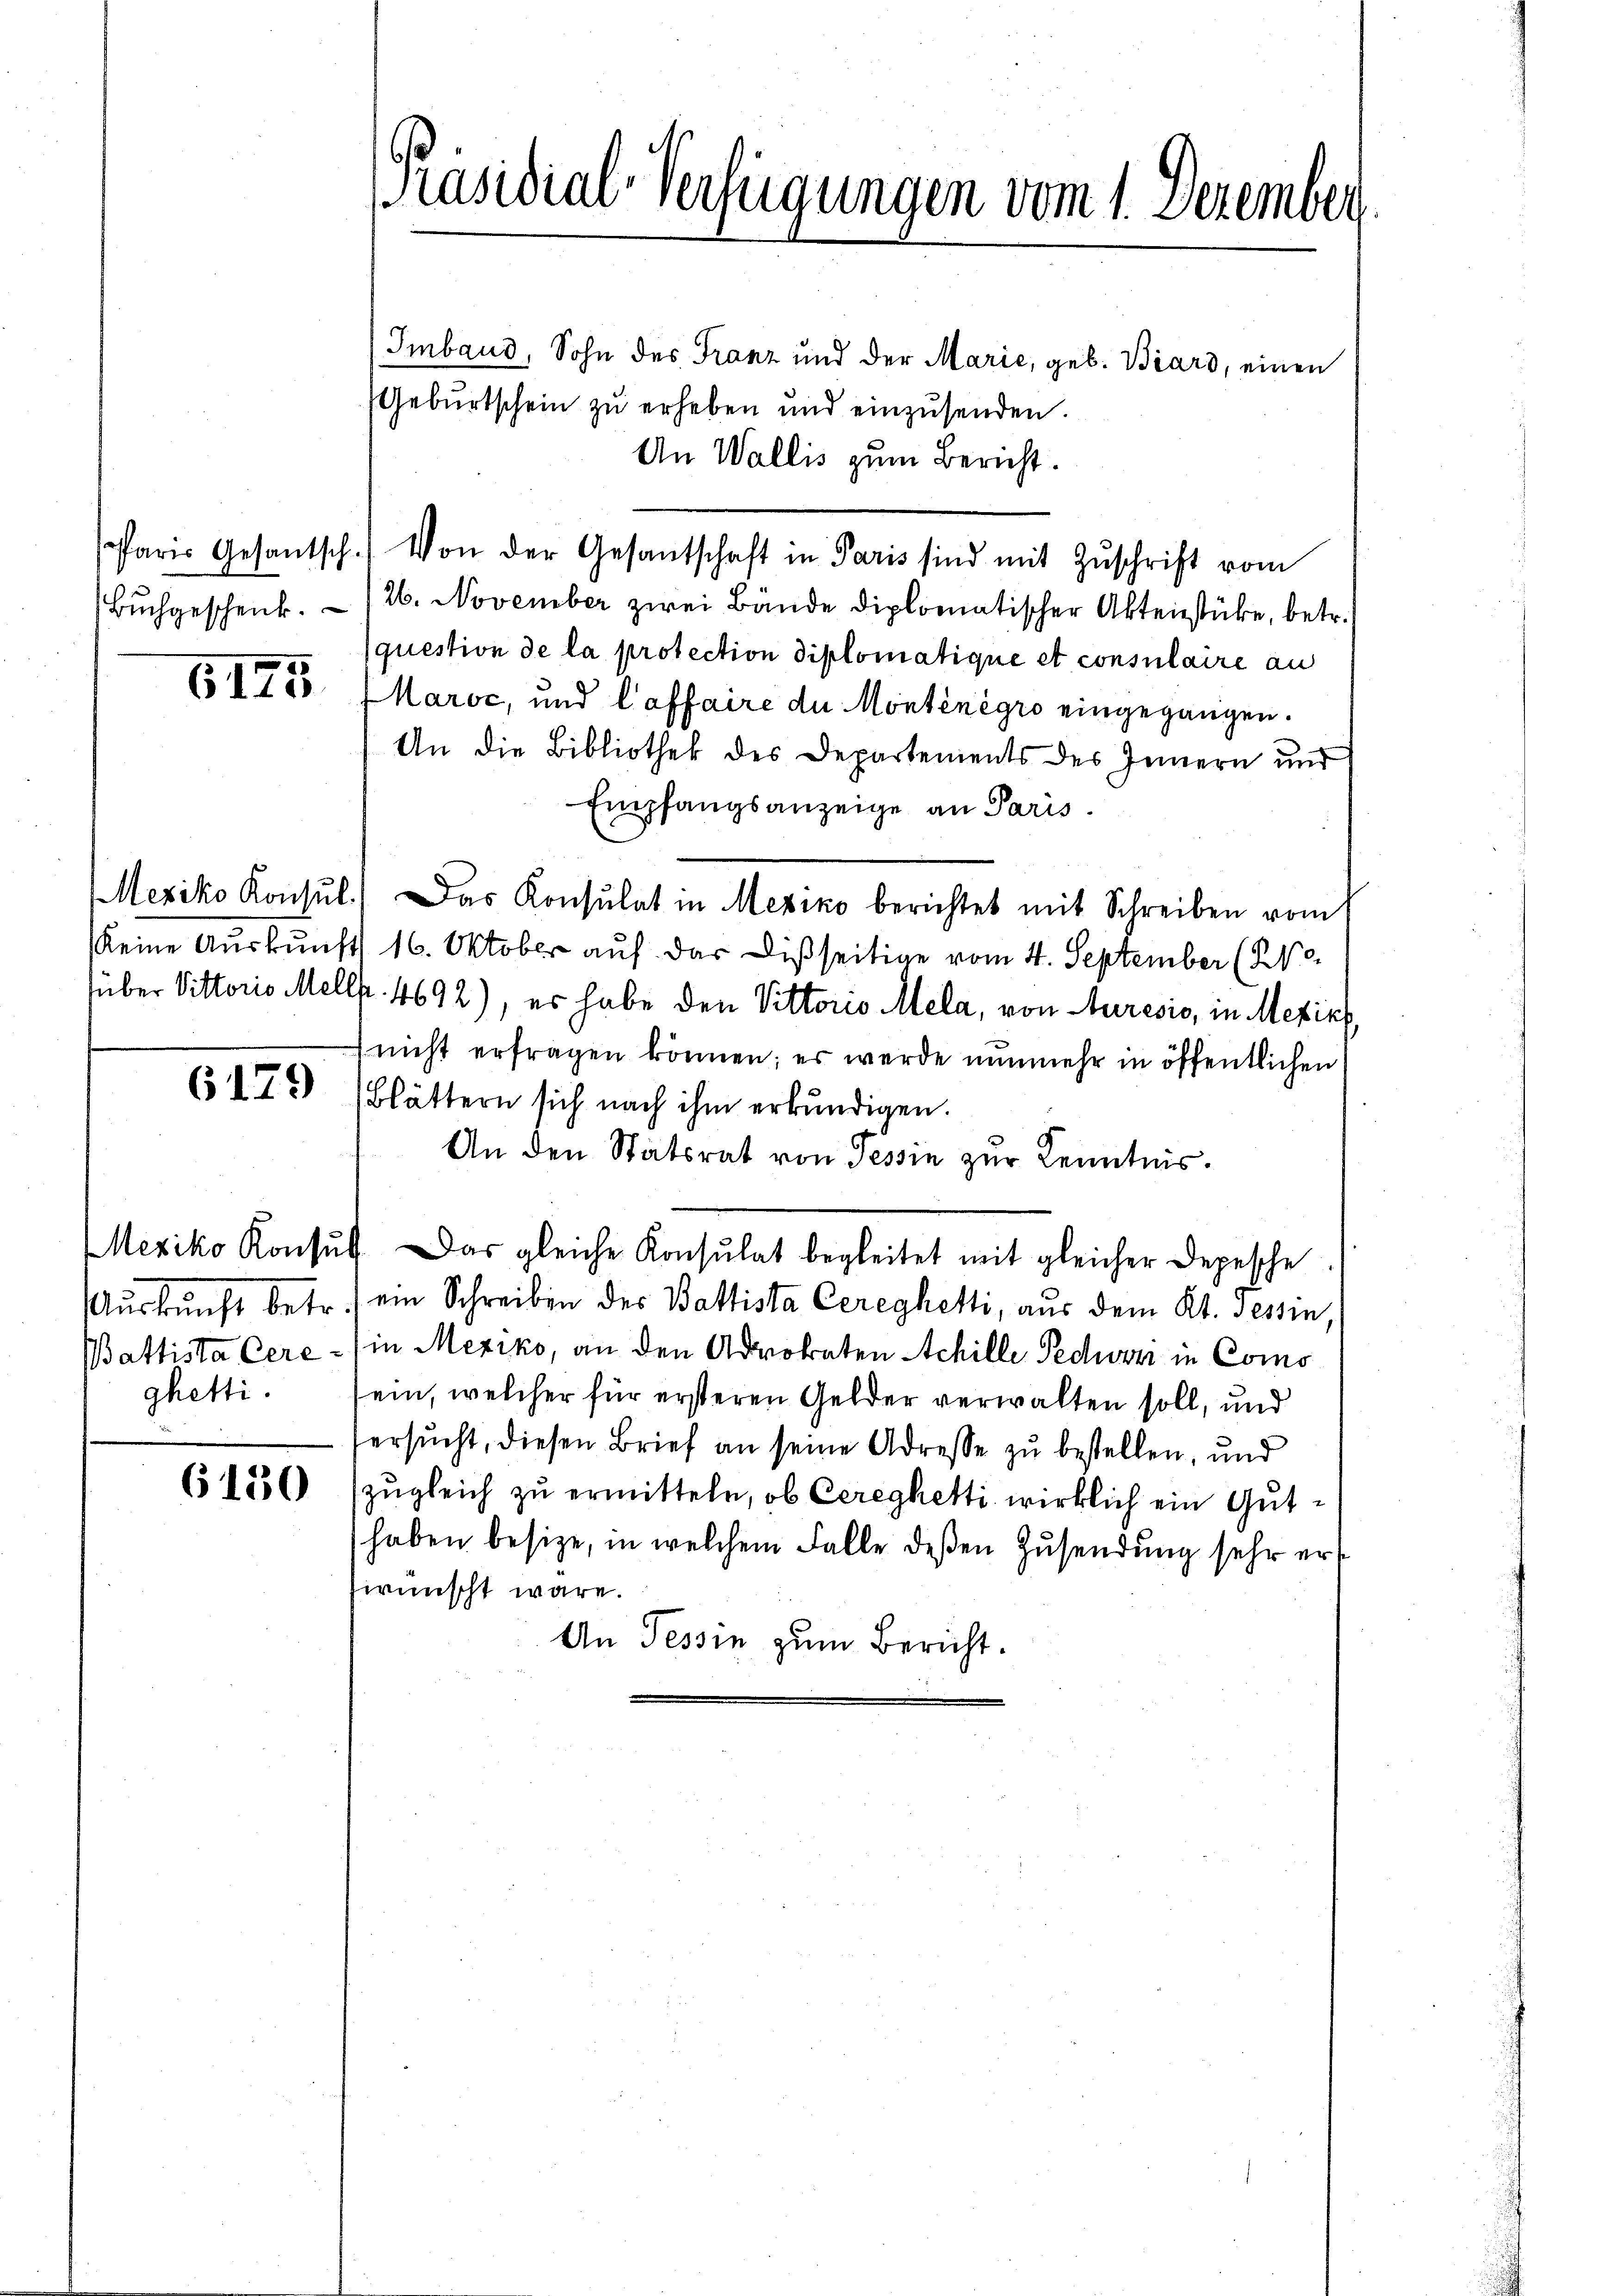
Buchgeschenk.

6125

6179

ghetti.

6150

Präsidial-Verfügungen vom 1. Dezember.

Imbaud, Sohn des Franz und der Marie, geb. Biard, einen
Gebŭrtschein zu erheben und einzusenden.
An Wallis zum Bericht.
Paris Gesantsch. Von der Gesantschaft in Paris sind mit Zŭschrift vom
26. November zwei Bände diplomatischer Aktenstücke, betr.
question de la protection diplomatique et consulaire an
Maroc, und laffaire du Monténègro eingegangen.
An die Bibliothek des Departements des Innern und
Empfangsanzeige an Paris.
keine Auskunft 16. Oktober auf das Disseitige vom 4. September (210.
über Vittorio Mellf. 4692), es habe den Vittorio Mela, von Auresis, in Mezieh
nicht erfragen können; es werde nunmehr in öffentlichen
Blättern sich nach ihm erkundigen.
An den Statsrat von Tessin zur Kenntnis.
Mexiko Konsŭlt. Das gleiche Konsulat begleitet mit gleicher Depesche
Aŭskŭnft betr.) ein Schreiben des Battista Cereghetti, aus dem Kt. Tessin,
Battista Cere- (in Mexiko, an den Advokaten Achille Federn in Como
ein, welcher für ersteren Gelder verwalten soll, und
tersucht, diesen Brief an seine Adresse zu bestellen, und
zugleich zu ermitteln, ob Ceregketti wirklich ein Guthaben besize, in welchem Falle deßen Zusendung sehr erwünscht wäre.
An Tessin zum Bericht.

Mexiko Konsul.) Das Konsulat in Mexiko berichtet mit Schreiben vom